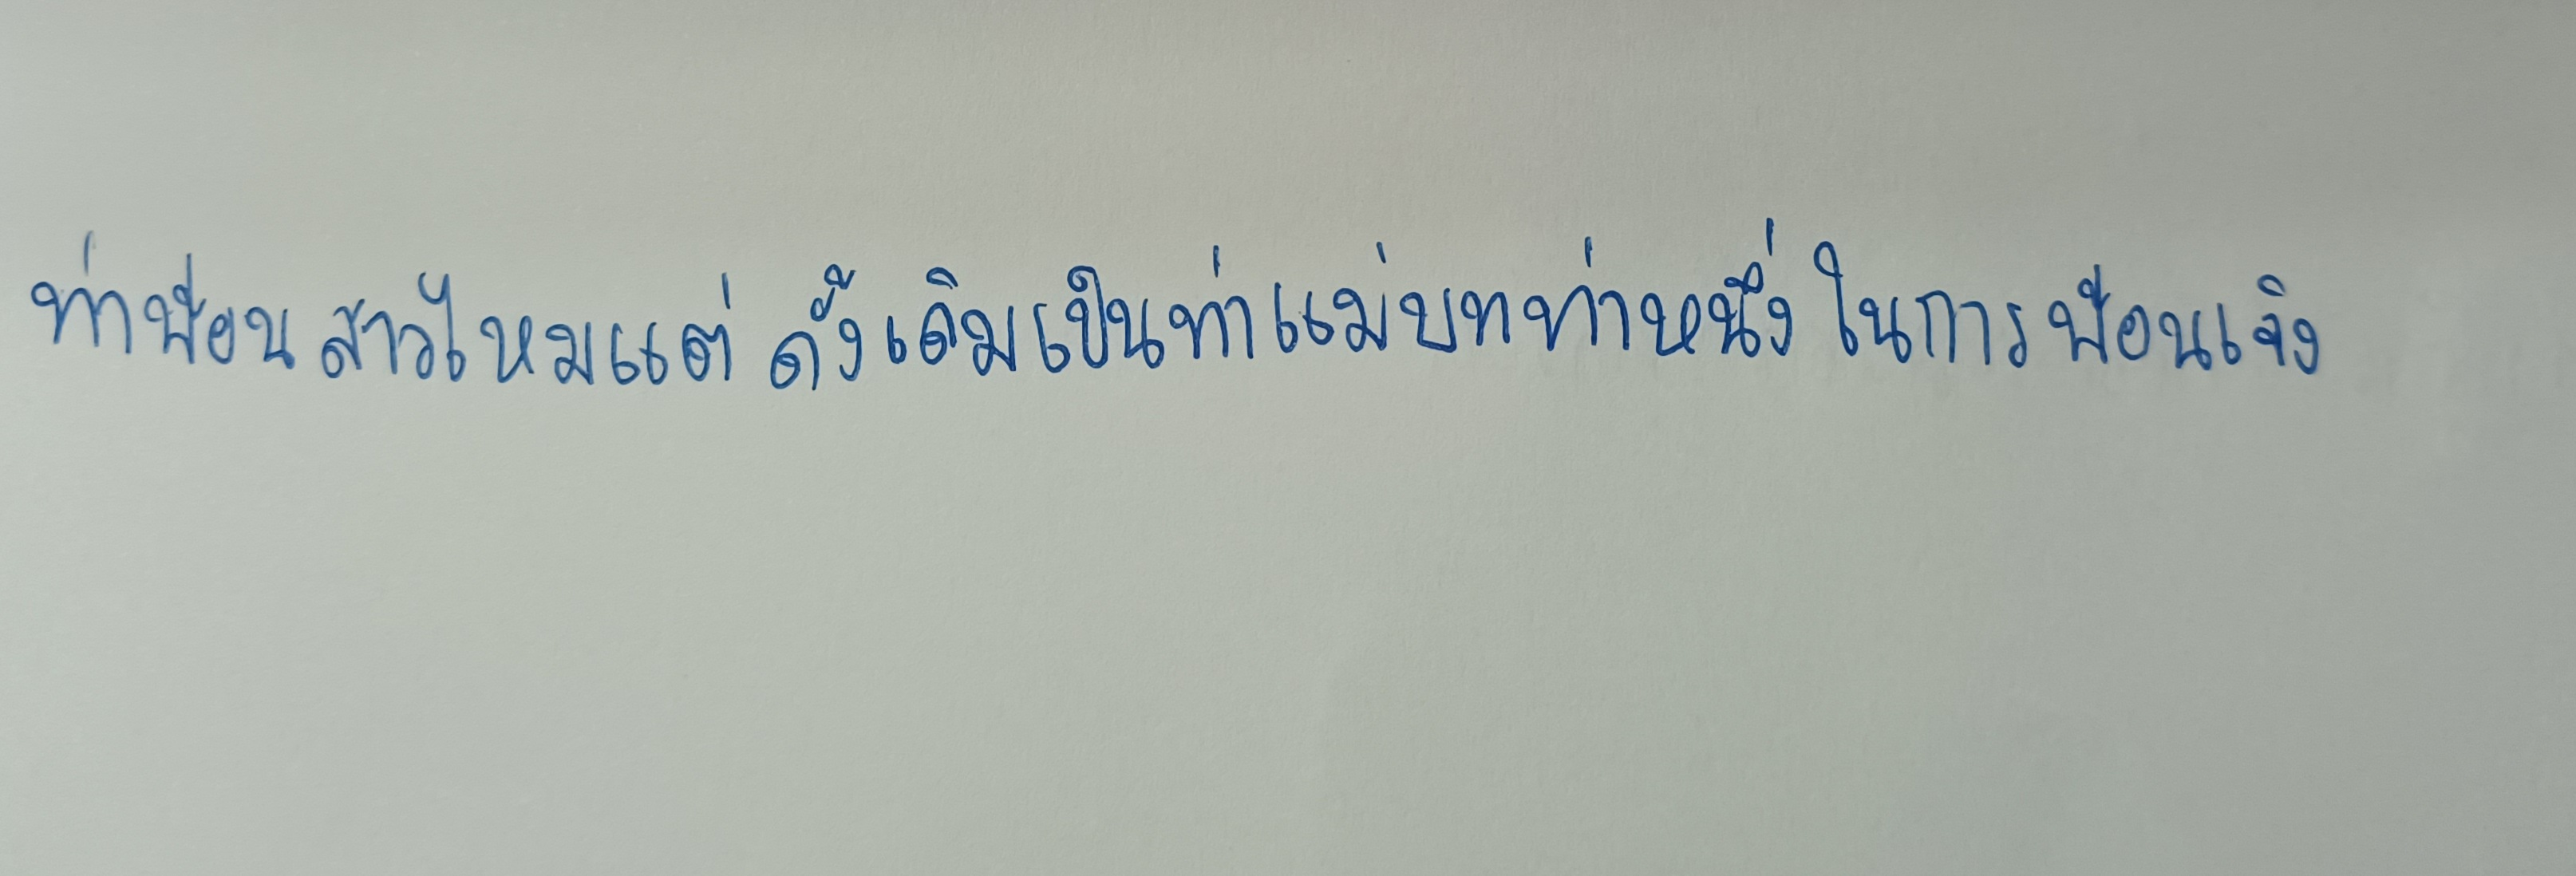
ท่าฟ้อนสาวไหมแต่ดั้งเดิมเป็นท่าแม่บทท่าหนึ่งในการฟ้อนเจิง